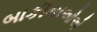
બાકીનાઓએ